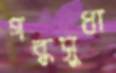
গন্ধসুধা